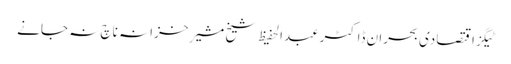
ٹیگزاقتصادی بحران ڈاکٹرعبدالحفیظ شیخ مشیرِ خزانہ ناچ نہ جانے